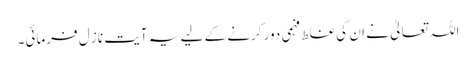
اللہ تعالیٰ نے ان کی غلط فہمی دور کرنے کے لیے یہ آیت ناز ل فرمائی۔